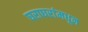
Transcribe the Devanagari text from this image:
घराघरांमधून